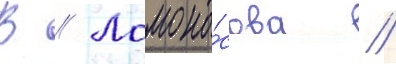
В // Ломоно́сова //